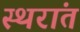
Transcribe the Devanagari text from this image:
स्थरांत